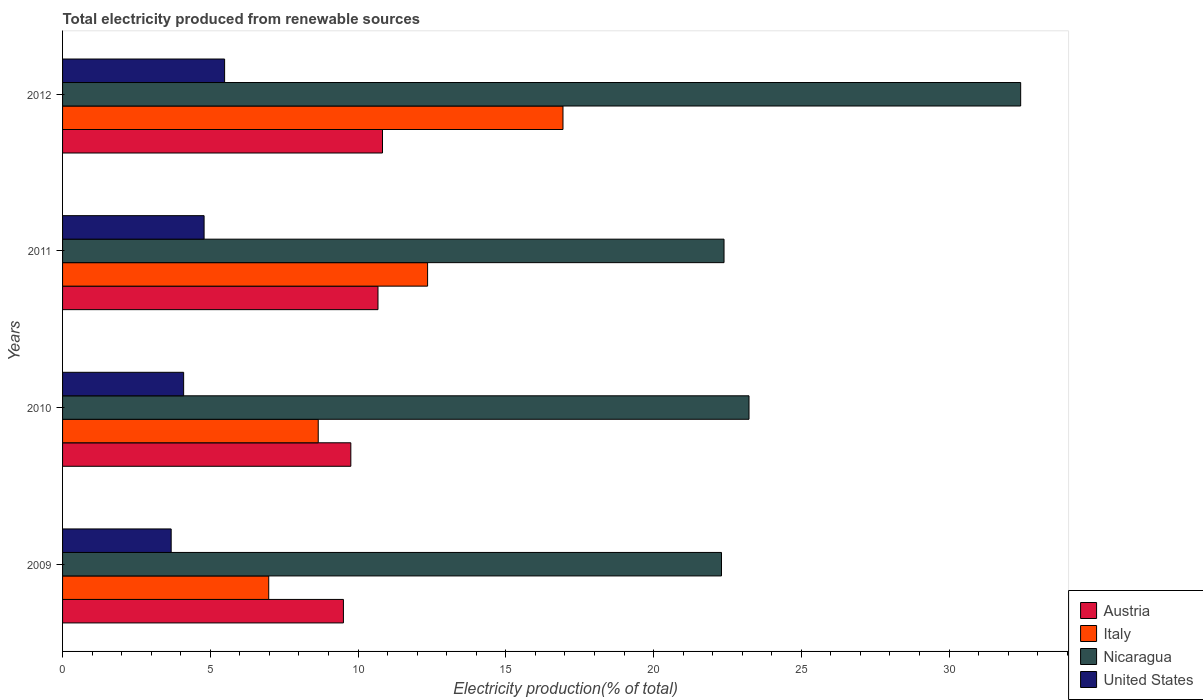
| Years | Austria | Italy | Nicaragua | United States |
 | --- | --- | --- | --- | --- |
 | 2009 | 9.5 | 6.98 | 22.3 | 3.68 |
 | 2010 | 9.76 | 8.65 | 23.2 | 4.1 |
 | 2011 | 10.7 | 12.4 | 22.4 | 4.79 |
 | 2012 | 10.8 | 16.9 | 32.4 | 5.48 |